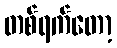
တစ်ရက်တော့